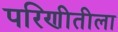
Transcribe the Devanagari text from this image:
परिणीतीला